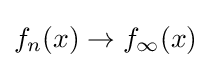
f_{n}(x)\rightarrow f_{\infty }(x)